Investigations on Bengal jail dietaries - Number 37
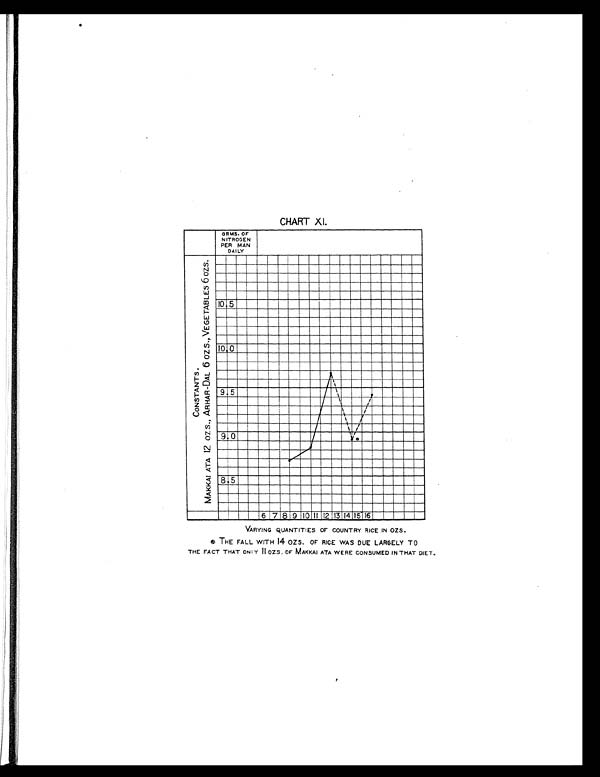
CHART XI.
VARYING QUANTITIES OF COUNTRY RICE IN OZS.
THE FALL WITH 14 OZS. OF RICE WAS DUE LARGELY TO
THE FACT THAT ONLY II OZS. OF MAKKAI ATA WERE CONSUMED IN THAT DIET.